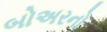
બોઅરનો